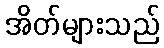
အိတ်များသည်